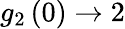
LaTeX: g_{2}\left(0\right)\to 2